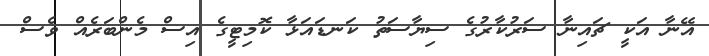
އޭނާ އަކީ ޗައިނާ ސަރުކާރުގެ ސިޔާސަތު ކަނޑައަޅާ ކޮމިޓީގެ އިސް މެންބަރެއް ވެސް